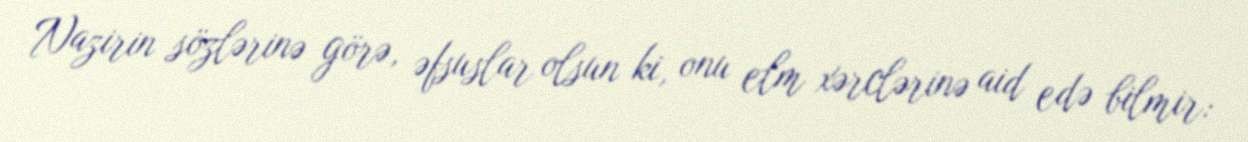
Nazirin sözlərinə görə, əfsuslar olsun ki, onu elm xərclərinə aid edə bilmir: